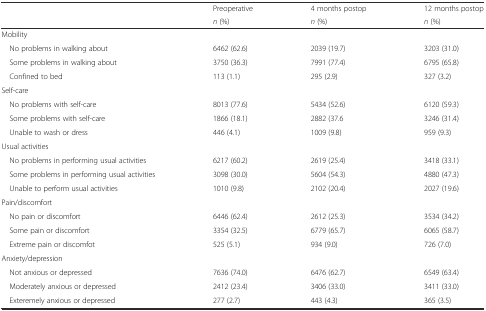
| <ROWSPAN=2>  | Preoperative | 4 months postop | 12 months postop |
 | n (%) | n (%) | n (%) |
 | --- | --- | --- | --- |
 | Mobility |  |  |  |
 | No problems in walking about | 6462 (62.6) | 2039 (19.7) | 3203 (31.0) |
 | Some problems in walking about | 3750 (36.3) | 7991 (77.4) | 6795 (65.8) |
 | Confined to bed | 113 (1.1) | 295 (2.9) | 327 (3.2) |
 | Self-care |  |  |  |
 | No problems with self-care | 8013 (77.6) | 5434 (52.6) | 6120 (59.3) |
 | Some problems with self-care | 1866 (18.1) | 2882 (37.6 | 3246 (31.4) |
 | Unable to wash or dress | 446 (4.1) | 1009 (9.8) | 959 (9.3) |
 | Usual activities |  |  |  |
 | No problems in performing usual activities | 6217 (60.2) | 2619 (25.4) | 3418 (33.1) |
 | Some problems in performing usual activities | 3098 (30.0) | 5604 (54.3) | 4880 (47.3) |
 | Unable to perform usual activities | 1010 (9.8) | 2102 (20.4) | 2027 (19.6) |
 | Pain/discomfort |  |  |  |
 | No pain or discomfort | 6446 (62.4) | 2612 (25.3) | 3534 (34.2) |
 | Some pain or discomfort | 3354 (32.5) | 6779 (65.7) | 6065 (58.7) |
 | Extreme pain or discomfot | 525 (5.1) | 934 (9.0) | 726 (7.0) |
 | Anxiety/depression |  |  |  |
 | Not anxious or depressed | 7636 (74.0) | 6476 (62.7) | 6549 (63.4) |
 | Moderately anxious or depressed | 2412 (23.4) | 3406 (33.0) | 3411 (33.0) |
 | Exteremely anxious or depressed | 277 (2.7) | 443 (4.3) | 365 (3.5) |